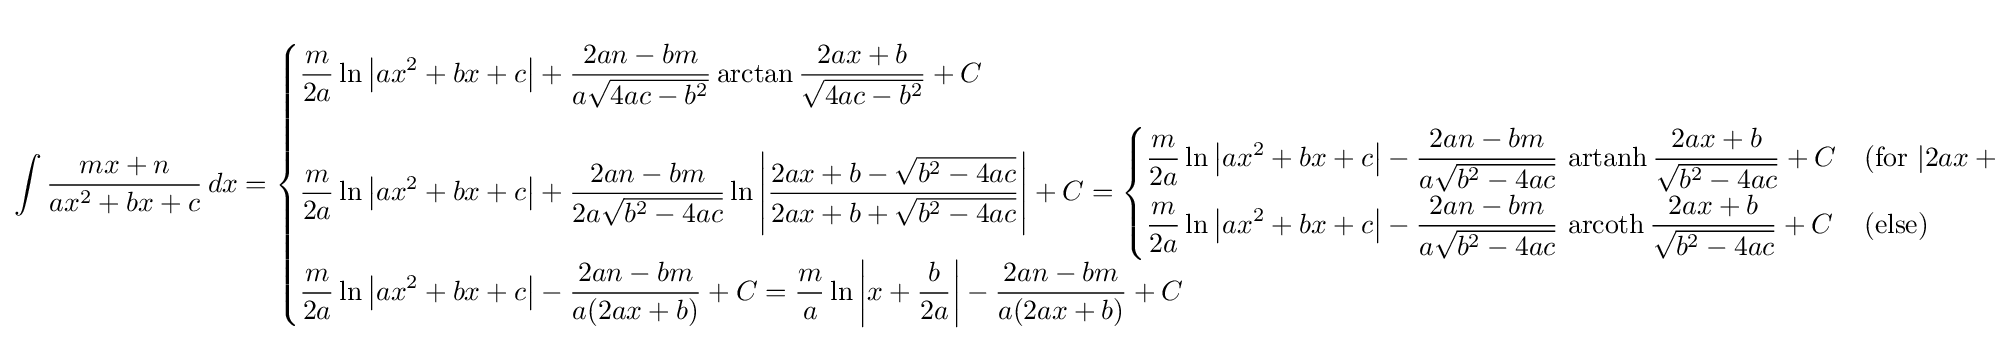
\int {\frac {mx+n}{ax^{2}+bx+c}}\,dx={\begin{cases}\displaystyle {\frac {m}{2a}}\ln \left|ax^{2}+bx+c\right|+{\frac {2an-bm}{a{\sqrt {4ac-b^{2}}}}}\arctan {\frac {2ax+b}{\sqrt {4ac-b^{2}}}}+C&{\text{(for }}4ac-b^{2}>0{\mbox{)}}\\[12pt]\displaystyle {\frac {m}{2a}}\ln \left|ax^{2}+bx+c\right|+{\frac {2an-bm}{2a{\sqrt {b^{2}-4ac}}}}\ln \left|{\frac {2ax+b-{\sqrt {b^{2}-4ac}}}{2ax+b+{\sqrt {b^{2}-4ac}}}}\right|+C={\begin{cases}\displaystyle {\frac {m}{2a}}\ln \left|ax^{2}+bx+c\right|-{\frac {2an-bm}{a{\sqrt {b^{2}-4ac}}}}\,\operatorname {artanh} {\frac {2ax+b}{\sqrt {b^{2}-4ac}}}+C&{\text{(for }}|2ax+b|<{\sqrt {b^{2}-4ac}}{\mbox{)}}\\[6pt]\displaystyle {\frac {m}{2a}}\ln \left|ax^{2}+bx+c\right|-{\frac {2an-bm}{a{\sqrt {b^{2}-4ac}}}}\,\operatorname {arcoth} {\frac {2ax+b}{\sqrt {b^{2}-4ac}}}+C&{\text{(else)}}\end{cases}}&{\text{(for }}4ac-b^{2}<0{\mbox{)}}\\[12pt]\displaystyle {\frac {m}{2a}}\ln \left|ax^{2}+bx+c\right|-{\frac {2an-bm}{a(2ax+b)}}+C={\frac {m}{a}}\ln \left|x+{\frac {b}{2a}}\right|-{\frac {2an-bm}{a(2ax+b)}}+C&{\text{(for }}4ac-b^{2}=0{\mbox{)}}\end{cases}}